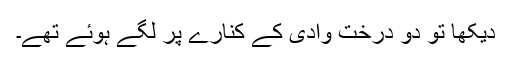
دیکھا تو دو درخت وادی کے کنارے پر لگے ہوئے تھے۔